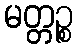
မတ္တဉ္စ